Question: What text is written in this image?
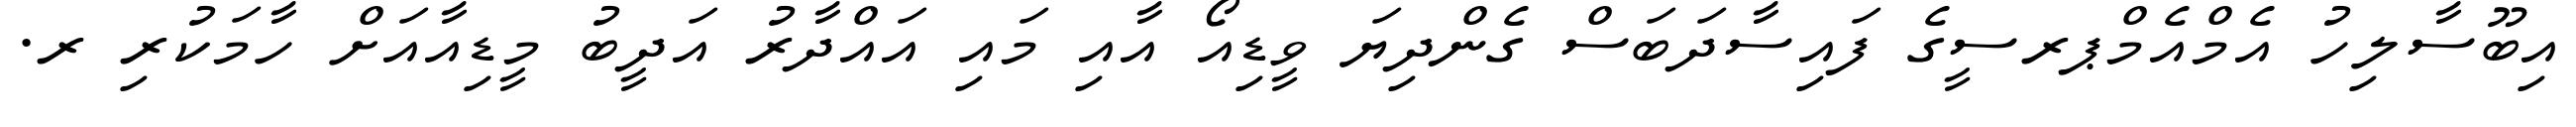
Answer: އިބޫސާލިހު އެމްއެމްޕރސީގެ ފައިސާދަބަސް ގެންދިޔަ ވީޑިއޯ އާއި މައި އައްދާރު އަދީބު މީޑިއާއަށް ހާމަކުރި ރ.